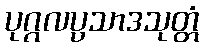
ပုဂ္ဂလပ္ပသာဒသုတ္တံ